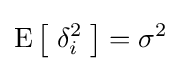
\operatorname {E} {\bigl [}\;\delta _{i}^{2}\;{\bigr ]}=\sigma ^{2}